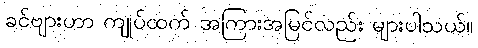
ခင်ဗျားဟာ ကျုပ်ထက် အကြားအမြင်လည်း များပါသယ်။